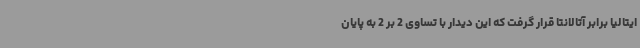
ایتالیا برابر آتالانتا قرار گرفت که این دیدار با تساوی 2 بر 2 به پایان